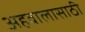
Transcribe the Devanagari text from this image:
अहवालासाठी